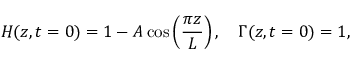
H ( z , t = 0 ) = 1 - A \cos \left( \frac { \pi z } { L } \right) , \quad \Gamma ( z , t = 0 ) = 1 ,